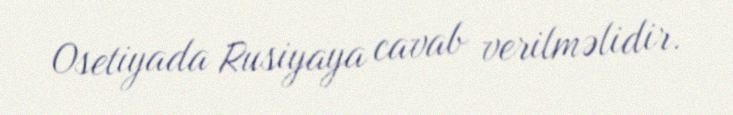
Osetiyada Rusiyaya cavab verilməlidir.